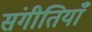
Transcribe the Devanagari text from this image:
संगीतियाँ